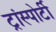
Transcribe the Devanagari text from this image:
ट्रांस्पोर्टी